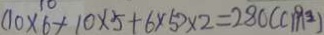
( 1 0 \times 6 + 1 0 \times 5 + 6 \times 5 ) \times 2 = 2 8 0 ( c m ^ { 2 } )